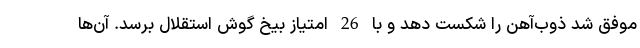
موفق شد ذوب‌آهن را شکست دهد و با 26 امتیاز بیخ گوش استقلال برسد. آن‌ها